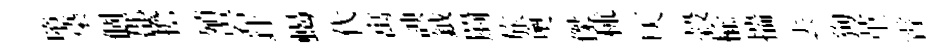
墮染個郡擔殖岩針蝎代寓諛鉞罽旅奧傑秫仄榖榆揣去狗堇霄